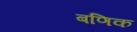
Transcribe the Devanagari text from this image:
बणिक